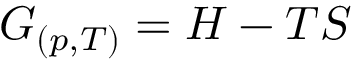
G _ { ( p , T ) } = H - T S